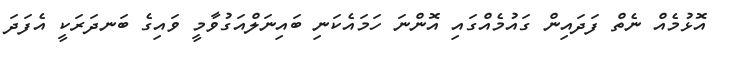
އޮޅުމެއް ނެތް ފަދައިން ގައުމެއްގައި އޮންނަ ހަމައެކަނި ބައިނަލްއަގުވާމީ ވައިގެ ބަނދަރަކީ އެފަދަ